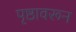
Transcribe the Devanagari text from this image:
पृष्ठावरून